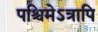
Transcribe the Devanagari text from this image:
पश्चिमेऽत्रापि